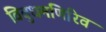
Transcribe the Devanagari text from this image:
विबुधमणिरिव